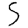
Digit: 5